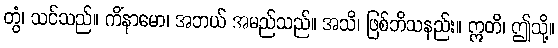
တွံ၊ သင်သည်။ ကိံနာမော၊ အဘယ် အမည်သည်။ အသိ၊ ဖြစ်ဘိသနည်း။ ဣတိ၊ ဤသို့။